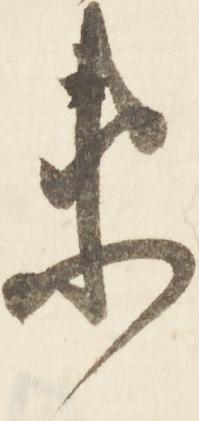
衛